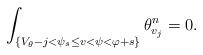
LaTeX: \begin{align*} \int_{\{V_{\theta}-j<\psi_s \leq v<\psi<\varphi +s\}} \theta_{v_j}^n =0. \end{align*}